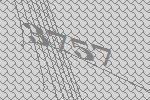
3757